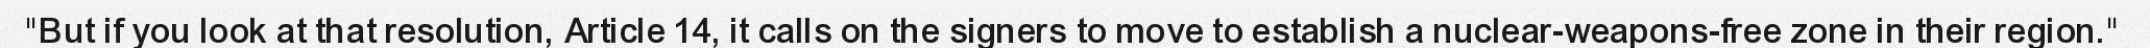
"But if you look at that resolution, Article 14, it calls on the signers to move to establish a nuclear-weapons-free zone in their region."